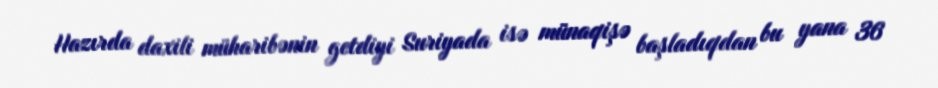
Hazırda daxili müharibənin getdiyi Suriyada isə münaqişə başladıqdan bu yana 36